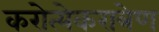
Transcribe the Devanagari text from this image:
करोत्येकरात्रेण